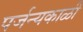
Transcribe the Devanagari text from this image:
पर्जन्यकाळी